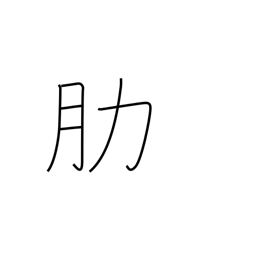
Meaning: rib